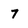
Character: 7